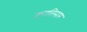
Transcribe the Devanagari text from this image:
ज्वरातिसार